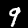
Label: 9